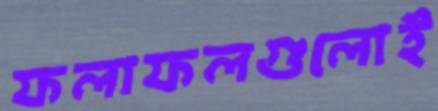
ফলাফলগুলোই